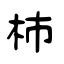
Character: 杮